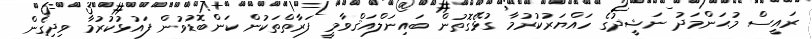
ރައީސް މުޙަންމަދު ނަޝީދުގެ ހައްޔަރުކުރުމާ ގުޅޭގޮތުން ބައިނަލްއަޤްވާމީ ފަރާތްތަކުން ކަންބޮޑުވުން ފައުޅުކުރުމާ ވިދިގެން